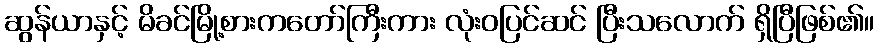
ဆွန်ယာနှင့် မိခင်မြို့စားကတော်ကြီးကား လုံးဝပြင်ဆင် ပြီးသလောက် ရှိပြီဖြစ်၏။